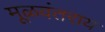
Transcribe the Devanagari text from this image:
मूळवंतराय